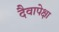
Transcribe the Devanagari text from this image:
दैवापेक्षा